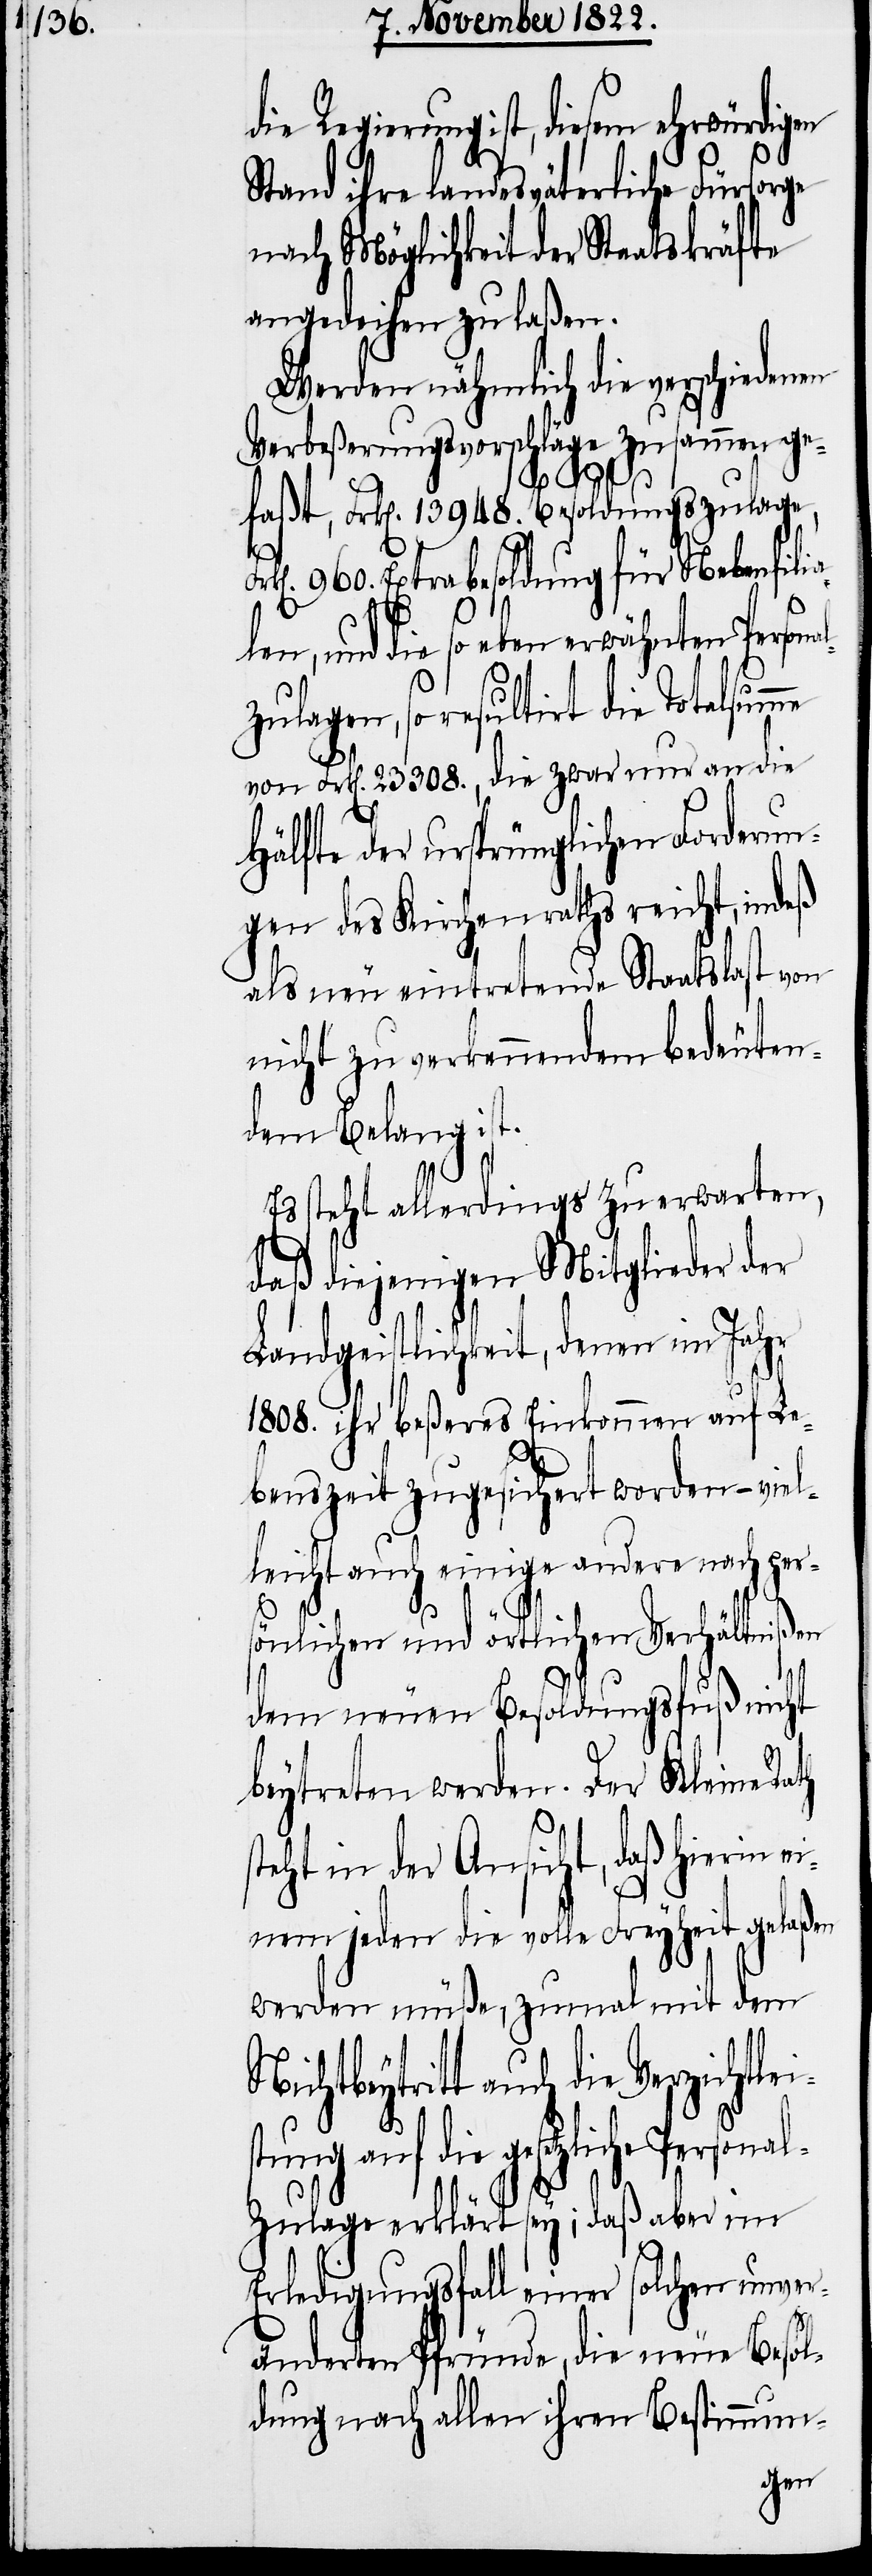
Stand ihre landesväterliche Fürsorge
nach Möglichkeit der Staatskräfte
angedeihen zu laßen.
Werden nämlich die verschiedenen
Verbeßerungsvorschläge zusammen ge¬
Fr¬
faßt, Frk[en]. 13 948. Besoldungszulage,
k[en]. 960. Extrabesoldung für Nebenfili¬
alen, und die so eben erwähnten Person¬
zulagen, so resultirt die Totalsumme
von Frk[en]. 23 308., die zwar nur an die
Hälfte der ursprünglichen Forderun¬
gen des Kirchenraths reicht, indeß
als neu eintretende Staatlast von
nicht zu verkennendem bedeuten¬
dem Belang ist.
Es steht allerdings zu erwarten,
daß diejenigen Mitglieder der
Landgeistlichkeit, denen im Jahr
1808. ihr beßeres Einkommen auf Le¬
benszeit zugesichert worden – viel¬
leicht auch einige andere nach pers¬
önlichen und örtlichen Verhältnißen
s¬
dem neuen Besoldungsfuß nicht
beytreten werden. Der Kleine Ra¬
teht in der Ansicht, daß hierin
einem jeden die volle Freyheit gelaßen
werden müße, zumal mit dem
die gesetzliche Personal¬
zulage erklärt sey; daß aber im
Erledigungsfall einer solchen unver¬
änderten Pfründe, die neue Besol¬
dung nach allen ihren Bestimmun-